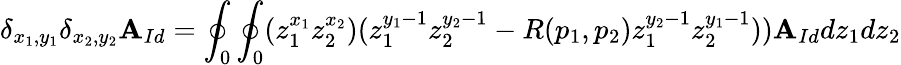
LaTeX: \delta_{x_{1},y_{1}}\delta_{x_{2},y_{2}}\mathbf{A}_{Id}=\oint_{0}\oint_{0}(z_{1}^{x_{1}}z_{2}^{x_{2}})(z_{1}^{y_{1}-1}z_{2}^{y_{2}-1}-R(p_{1},p_{2})z_{1}^{y_{2}-1}z_{2}^{y_{1}-1}))\mathbf{A}_{Id}dz_{1}dz_{2}